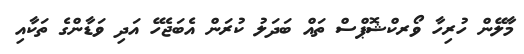
މާލޭން ހުރިހާ ވޯރކްޝޮޕްސް ތައް ބަދަލު ކުރަން އެބަޖެހޭ އަދި ވަޑާންގެ ތަކާއި